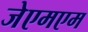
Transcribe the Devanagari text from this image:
जेएमएम